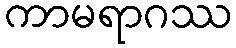
ကာမရာဂဿ